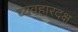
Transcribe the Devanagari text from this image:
व्यवहारदक्ष